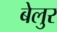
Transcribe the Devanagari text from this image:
बेलुर